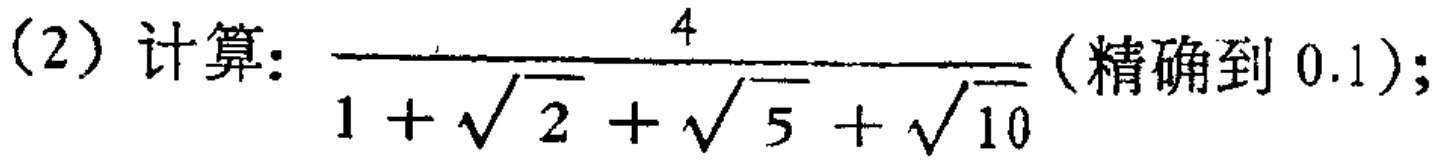
(2) 计算: $\frac{4}{1 + \sqrt{2} + \sqrt{5} + \sqrt{10}}$(精确到 0.1);